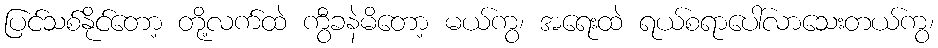
ပြင်သစ်နိုင်တော့ တို့လက်ထဲ ကွီခနဲမိတော့ မယ်ကွ၊ အရေးထဲ ရယ်စရာပေါ်လာသေးတယ်ကွ၊